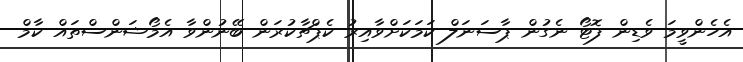
އެހެންވީމަ ވެޑިން ފޮޓޯ ނެގުން ޕާސަނަލް ކަމަކަށްވާއިރު ކެޕްޗާކުރަން ބޭނުންވާ އެމޯޝަންސްތައް ކާމް